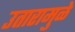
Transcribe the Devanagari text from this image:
उतारामुळे